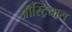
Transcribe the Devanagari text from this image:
ऑस्ट्रियास